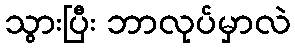
သွားပြီး ဘာလုပ်မှာလဲ